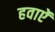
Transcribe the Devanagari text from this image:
हवाऐं